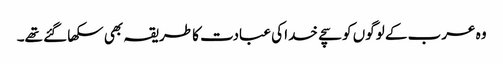
وہ عرب کے لوگوں کو سچے خدا کی عبادت کا طریقہ بھی سکھا گئے تھے۔